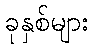
ခုနှစ်များ